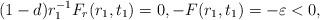
LaTeX: \begin{align*}(1-d)r_{1}^{-1} F_{r}(r_{1},t_{1})=0,- F(r_{1},t_{1})=- \varepsilon<0,\end{align*}